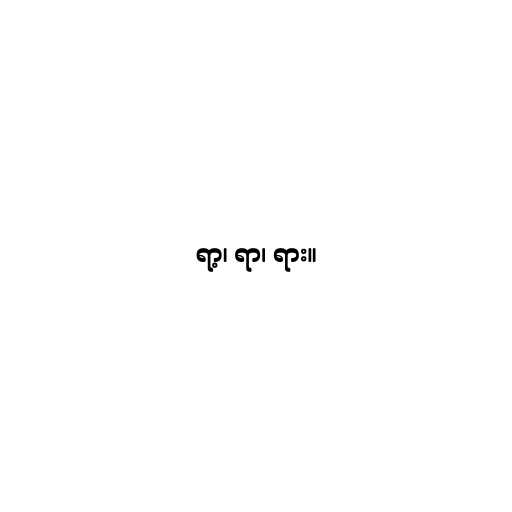
ရာ့၊ ရာ၊ ရား။